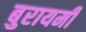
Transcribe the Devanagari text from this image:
बुरायमी